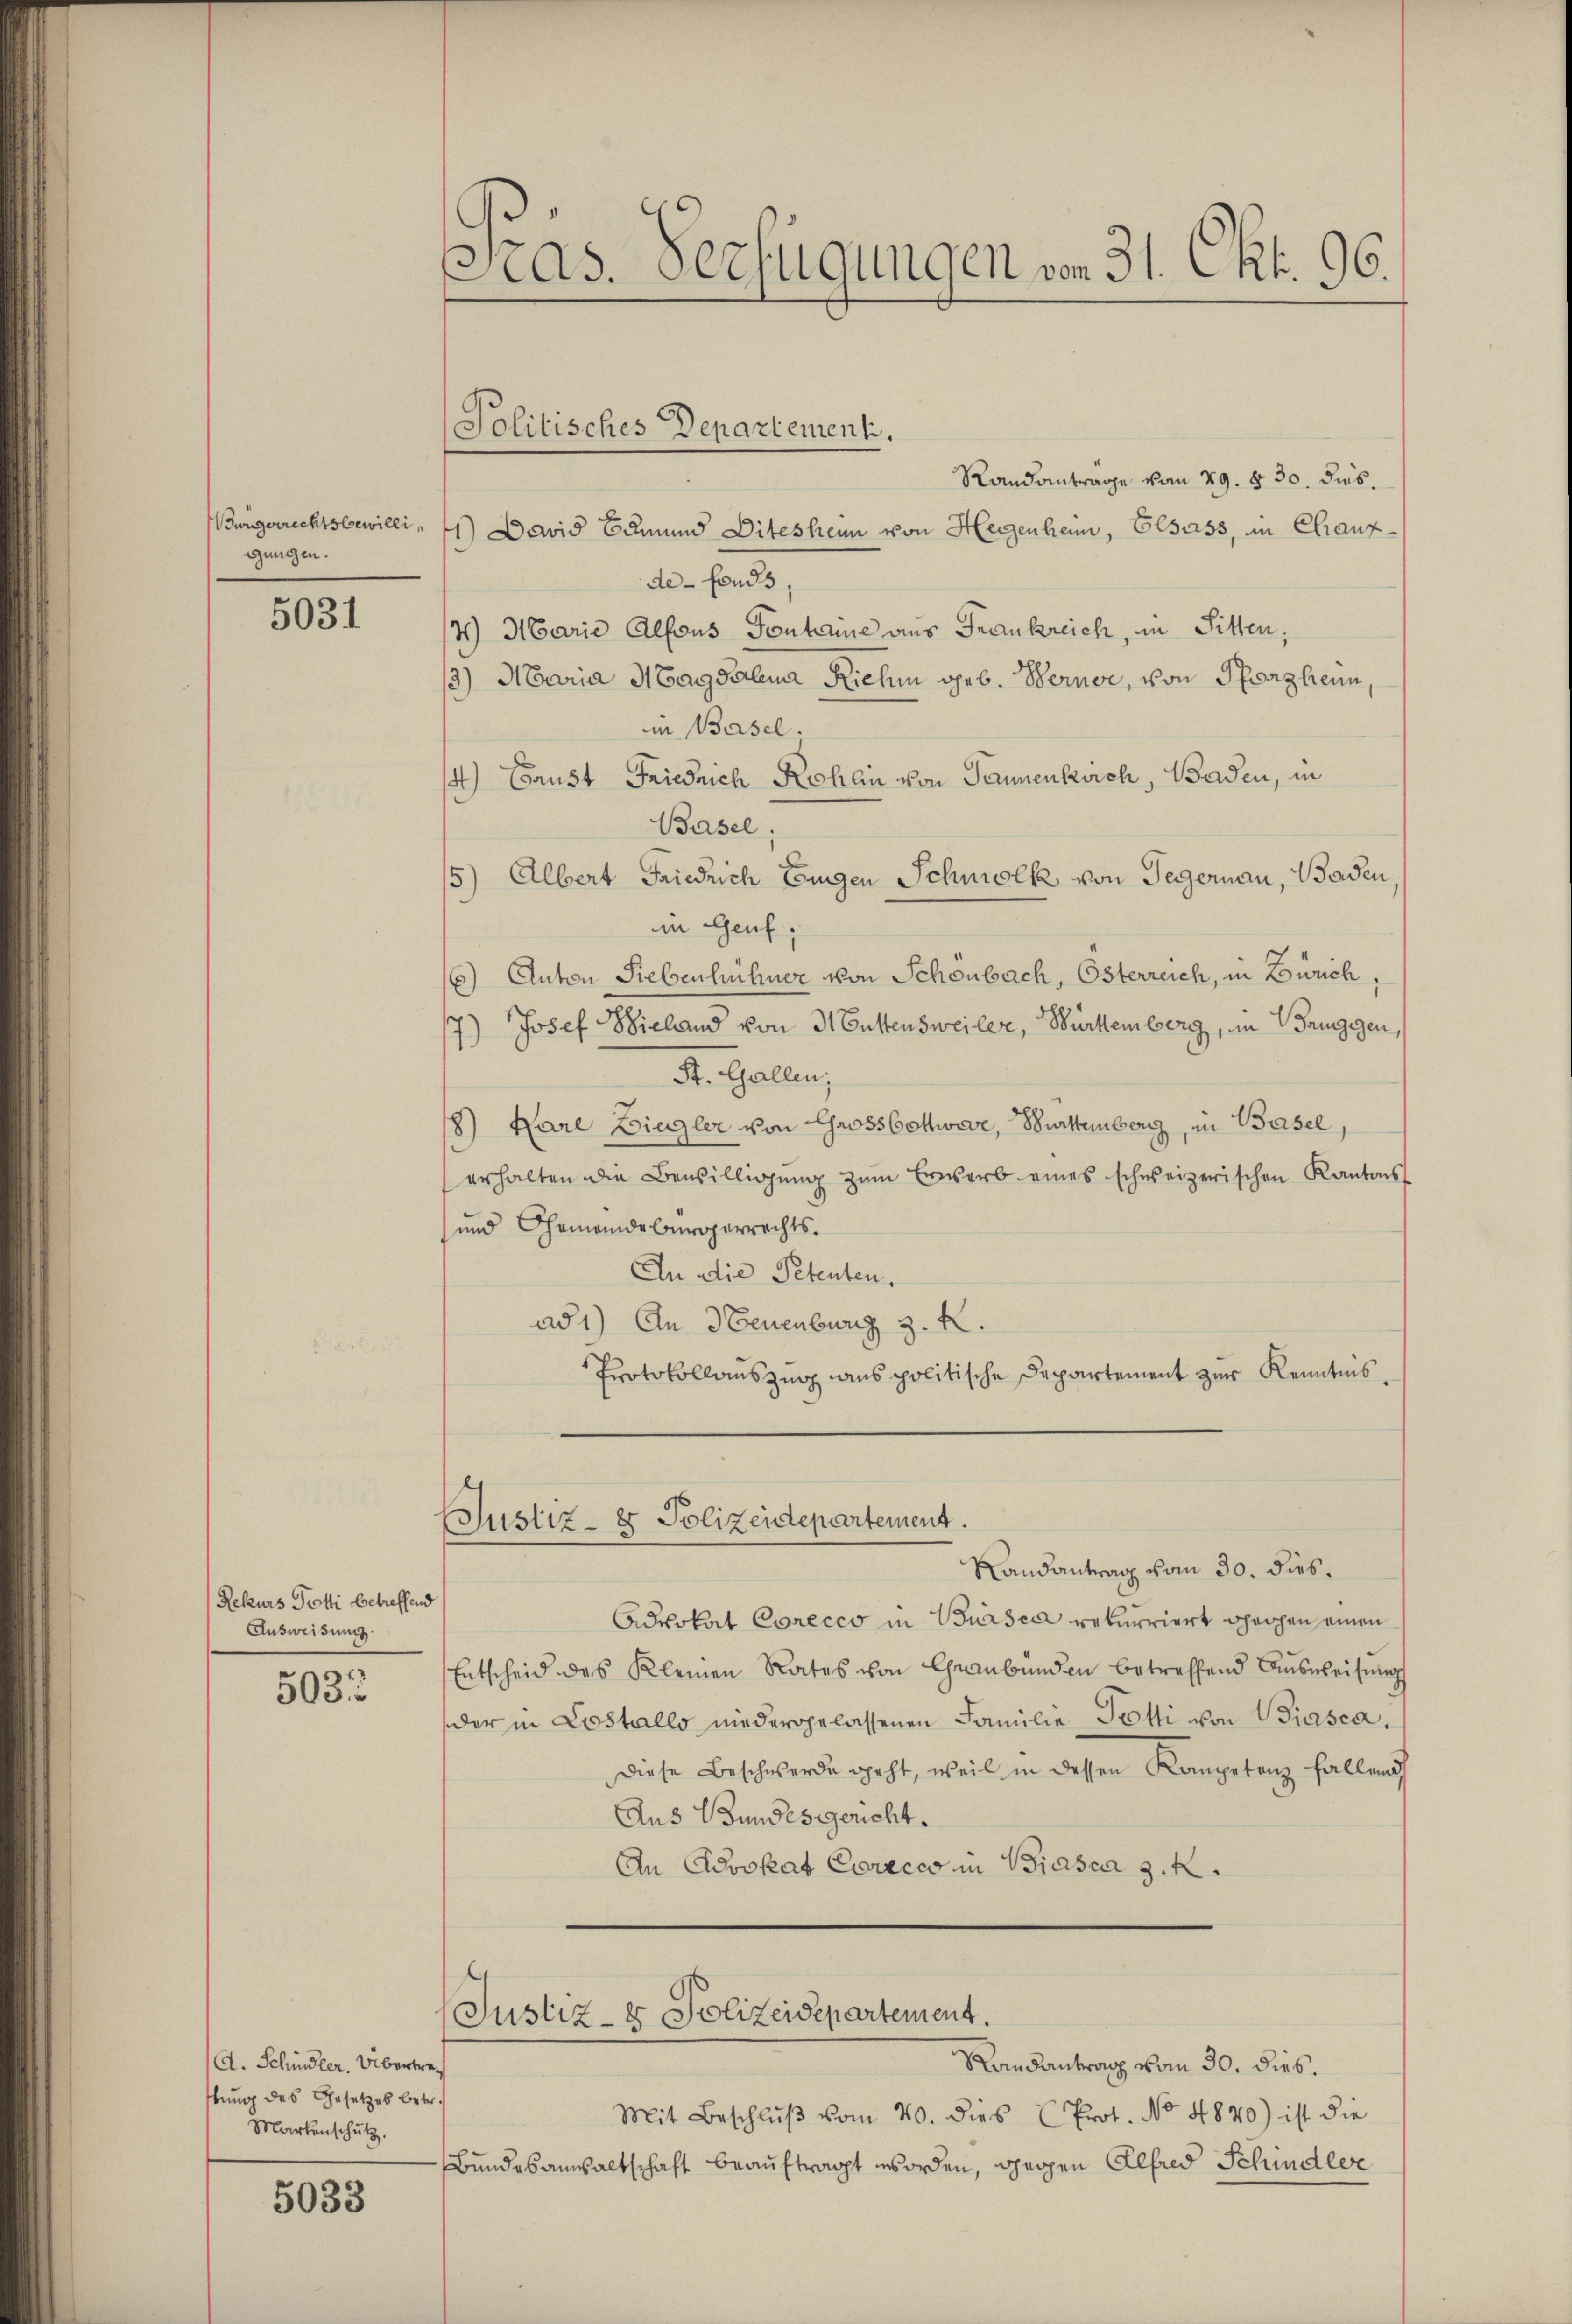
Wurgerrechtsbewilligungen.

5031

Rekurs Potti betreffend
Ausweisung.

503.

d. Schindler. Übertrag
ttung des Gesetzes betr.
Martenschutz.

5033

as. Verfügungen vom 31. Okt. 96.

Randanträge vom 29. § 30. dies.
1) David Edmund Ditesheim von Hegenheim, Elsass, in Chaux-
de-Fonds,
4) Marie Alfons Fontaine aus Frankreich, in Sitten,
3) Maria Magdalena Riehen geb. Werner, von Pforzheim,
iin Basel;
4) Brust Friedrich Kohlin von Tannenkrich, Baden, in
Basel
5) Albert Friedrich Eigen Schmolk von Tegernau, Baden,
in Genf,
16) Anton Siebenhühner von Schönbach, Österreich, in Zürich,
7) Josef Wieland von 31 Gustensweiler, Würtemberg, in Bruggen,
St. Gallen;
8) Kare Ziegler von Grossbottwer, Burttemberg, in Basel,
erhalten die Bewilligŭng zŭm Erwerb eines schweizerischen Kantons
und Gemeindebürgerrechts.
An die Petenten.
ad 1) An HEeuenburg z. K.
Protokollauszug aus politische Departement zur Kenntnis¬

Politisches Departement.

Justiz- & Polizeidepartement.

Randantrag vom 30. dies
Advokat Corecco in Bürsca rekurriert speichen einen
Entscheid des Kleinen Rates von Graubünden betreffend Aŭsweisung
der in Costallo niedergelassenen Familie Trotti von Biasca,
Diese Beschwerde geht, weil in dessen Kompetenz fallens
Aus Bundesgericht.
An Advokat Corecco in Biasca 3. k.
Justiz- & Polizeidepartement.
Randantrag vom 30. dies.
Mit Beschlŭβ vom 20. dies Prot. No 4840) ist die
Bundesanwaltschaft beauftragt worden, gegen Alfred Schindler